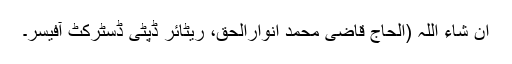
ان شاء اللہ (الحاج قاضی محمد انوارالحق، ریٹائر ڈپٹی ڈسٹرکٹ آفیسر۔